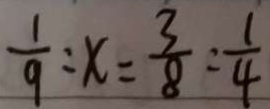
\frac { 1 } { 9 } : x = \frac { 3 } { 8 } : \frac { 1 } { 4 }